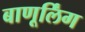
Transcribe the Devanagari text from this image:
बाणूर्लिंग